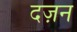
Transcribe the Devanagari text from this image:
दज़न